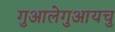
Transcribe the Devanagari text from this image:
गुआलेगुआयचु